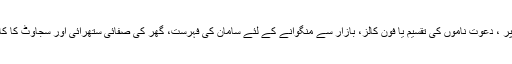
مثال کے طور پر ، دعوت ناموں کی تقسیم یا فون کالز، بازار سے منگوانے کے لئے سامان کی فہرست، گھر کی صفائی ستھرائی اور سجاوٹ کا کام وغیرہ وغیرہ۔